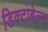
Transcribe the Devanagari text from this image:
डिक्टाबेल्ट